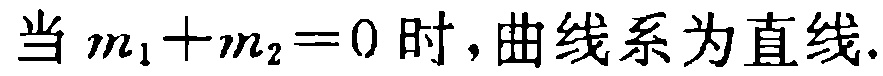
当 \(m_1 + m_2 = 0\) 时,曲线系为直线.